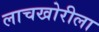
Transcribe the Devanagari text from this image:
लाचखोरीला